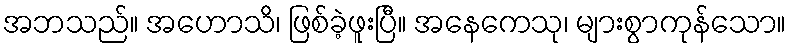
အဘသည်။ အဟောသိ၊ ဖြစ်ခဲ့ဖူးပြီ။ အနေကေသု၊ များစွာကုန်သော။